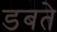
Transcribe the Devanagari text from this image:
डबते